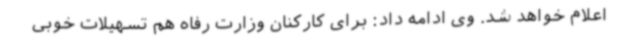
اعلام خواهد شد. وی ادامه داد: برای کارکنان وزارت رفاه هم تسهیلات خوبی